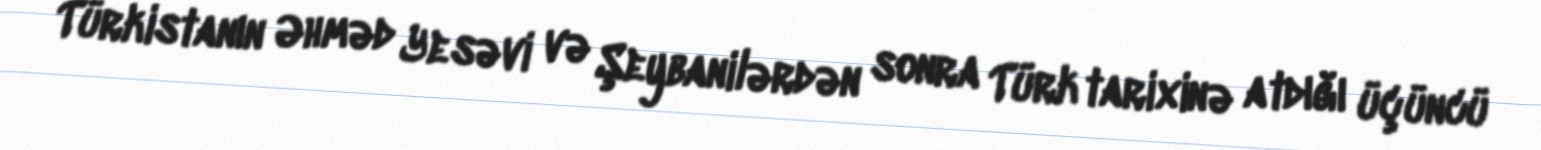
Türkistanın Əhməd Yesəvi və Şeybanilərdən sonra Türk tarixinə atdığı üçüncü